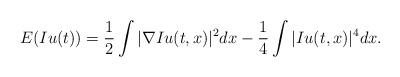
LaTeX: \begin{align*}E(Iu(t)) = \frac{1}{2} \int |\nabla Iu(t,x)|^{2} dx - \frac{1}{4} \int |Iu(t,x)|^{4} dx.\end{align*}